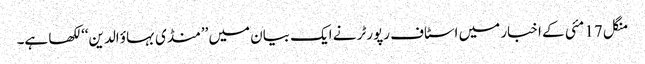
منگل 17 مئی کے اخبار میں اسٹاف رپورٹر نے ایک بیان میں ’’منڈی بہاؤ الدین‘‘ لکھا ہے۔